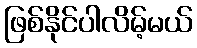
ဖြစ်နိုင်ပါလိမ့်မယ်